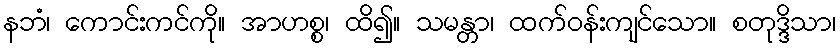
နဘံ၊ ကောင်းကင်ကို။ အာဟစ္စ၊ ထိ၍။ သမန္တာ၊ ထက်ဝန်းကျင်သော။ စတုဒ္ဒိသာ၊